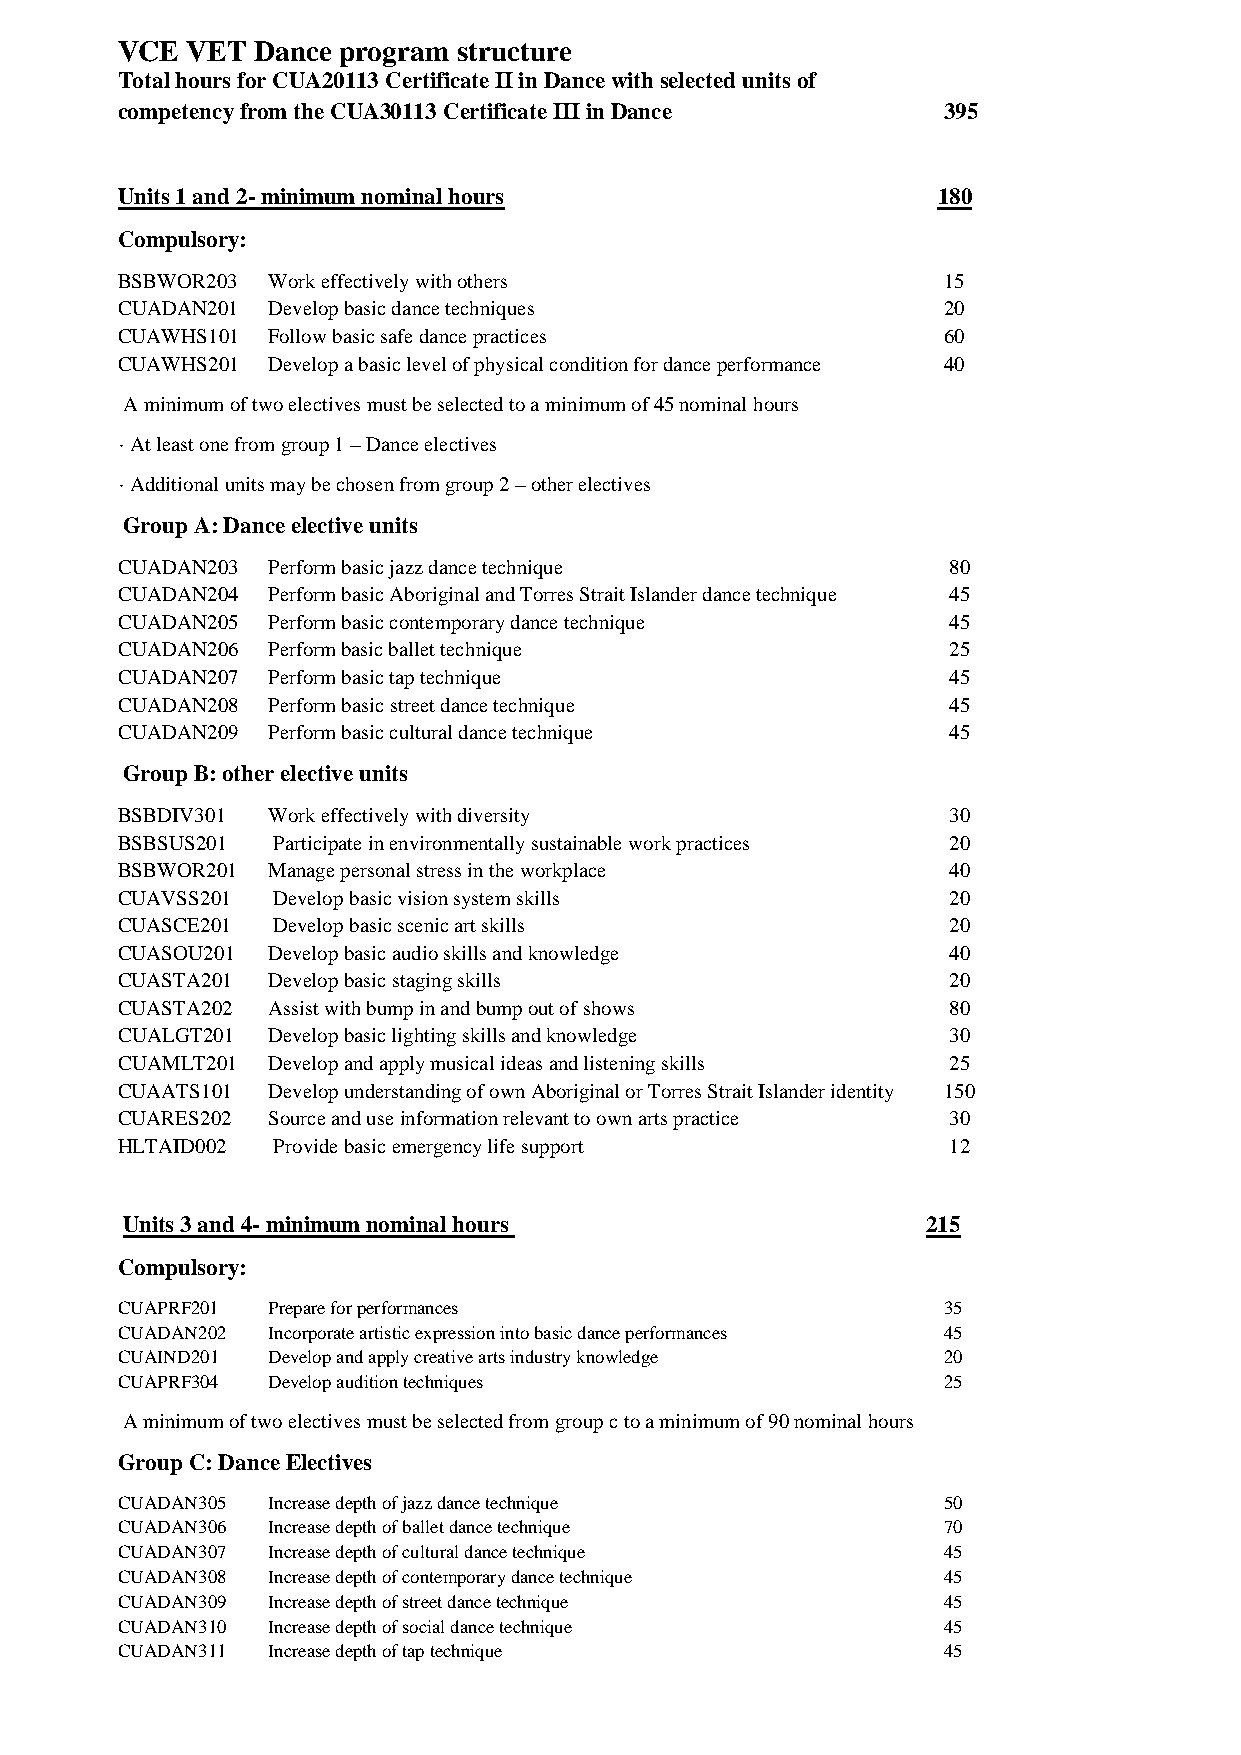
VCE VET  Dance program structure
 Total hours for CUA20113 Certificate II in Dance with selected units of
 competency from the CUA30113 Certificate III in Dance 395
 Units 1 and 2- minimum nominal hours                  180
 Compulsory:
 BSBWOR203 Work effectively with others                15
 CUADAN201 Develop basic dance techniques              20
 CUAWHS101 Follow basic safe dance practices           60
 CUAWHS201 Develop a basic level of physical condition for dance performance 40
 A minimum of two electives must be selected to a minimum of 45 nominal hours
 · At least one from group 1 – Dance electives
 · Additional units may be chosen from group 2 – other electives
 Group A: Dance elective units
 CUADAN203 Perform basic jazz dance technique           80
 CUADAN204 Perform basic Aboriginal and Torres Strait Islander dance technique 45
 CUADAN205 Perform basic contemporary dance technique   45
 CUADAN206 Perform basic ballet technique               25
 CUADAN207 Perform basic tap technique                  45
 CUADAN208 Perform basic street dance technique         45
 CUADAN209 Perform basic cultural dance technique       45
 Group B: other elective units
 BSBDIV301 Work effectively with diversity              30
 BSBSUS201 Participate in environmentally sustainable work practices 20
 BSBWOR201 Manage personal stress in the workplace      40
 CUAVSS201 Develop basic vision system skills           20
 CUASCE201 Develop basic scenic art skills              20
 CUASOU201 Develop basic audio skills and knowledge     40
 CUASTA201 Develop basic staging skills                 20
 CUASTA202 Assist with bump in and bump out of shows    80
 CUALGT201 Develop basic lighting skills and knowledge  30
 CUAMLT201 Develop and apply musical ideas and listening skills 25
 CUAATS101 Develop understanding of own Aboriginal or Torres Strait Islander identity 150
 CUARES202 Source and use information relevant to own arts practice 30
 HLTAID002 Provide basic emergency life support         12
 Units 3 and 4- minimum nominal hours                 215
 Compulsory:
 CUAPRF201 Prepare for performances                    35
 CUADAN202 Incorporate artistic expression into basic dance performances 45
 CUAIND201 Develop and apply creative arts industry knowledge 20
 CUAPRF304 Develop audition techniques                 25
 A minimum of two electives must be selected from group c to a minimum of 90 nominal hours
 Group C: Dance Electives
 CUADAN305 Increase depth of jazz dance technique      50
 CUADAN306 Increase depth of ballet dance technique    70
 CUADAN307 Increase depth of cultural dance technique  45
 CUADAN308 Increase depth of contemporary dance technique 45
 CUADAN309 Increase depth of street dance technique    45
 CUADAN310 Increase depth of social dance technique    45
 CUADAN311 Increase depth of tap technique             45